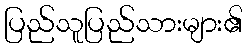
ပြည်သူပြည်သားများ၏